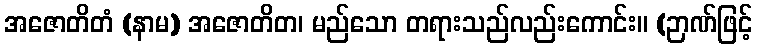
အဇောတိတံ (နာမ) အဇောတိတ၊ မည်သော တရားသည်လည်းကောင်း။ (ဉာဏ်ဖြင့်